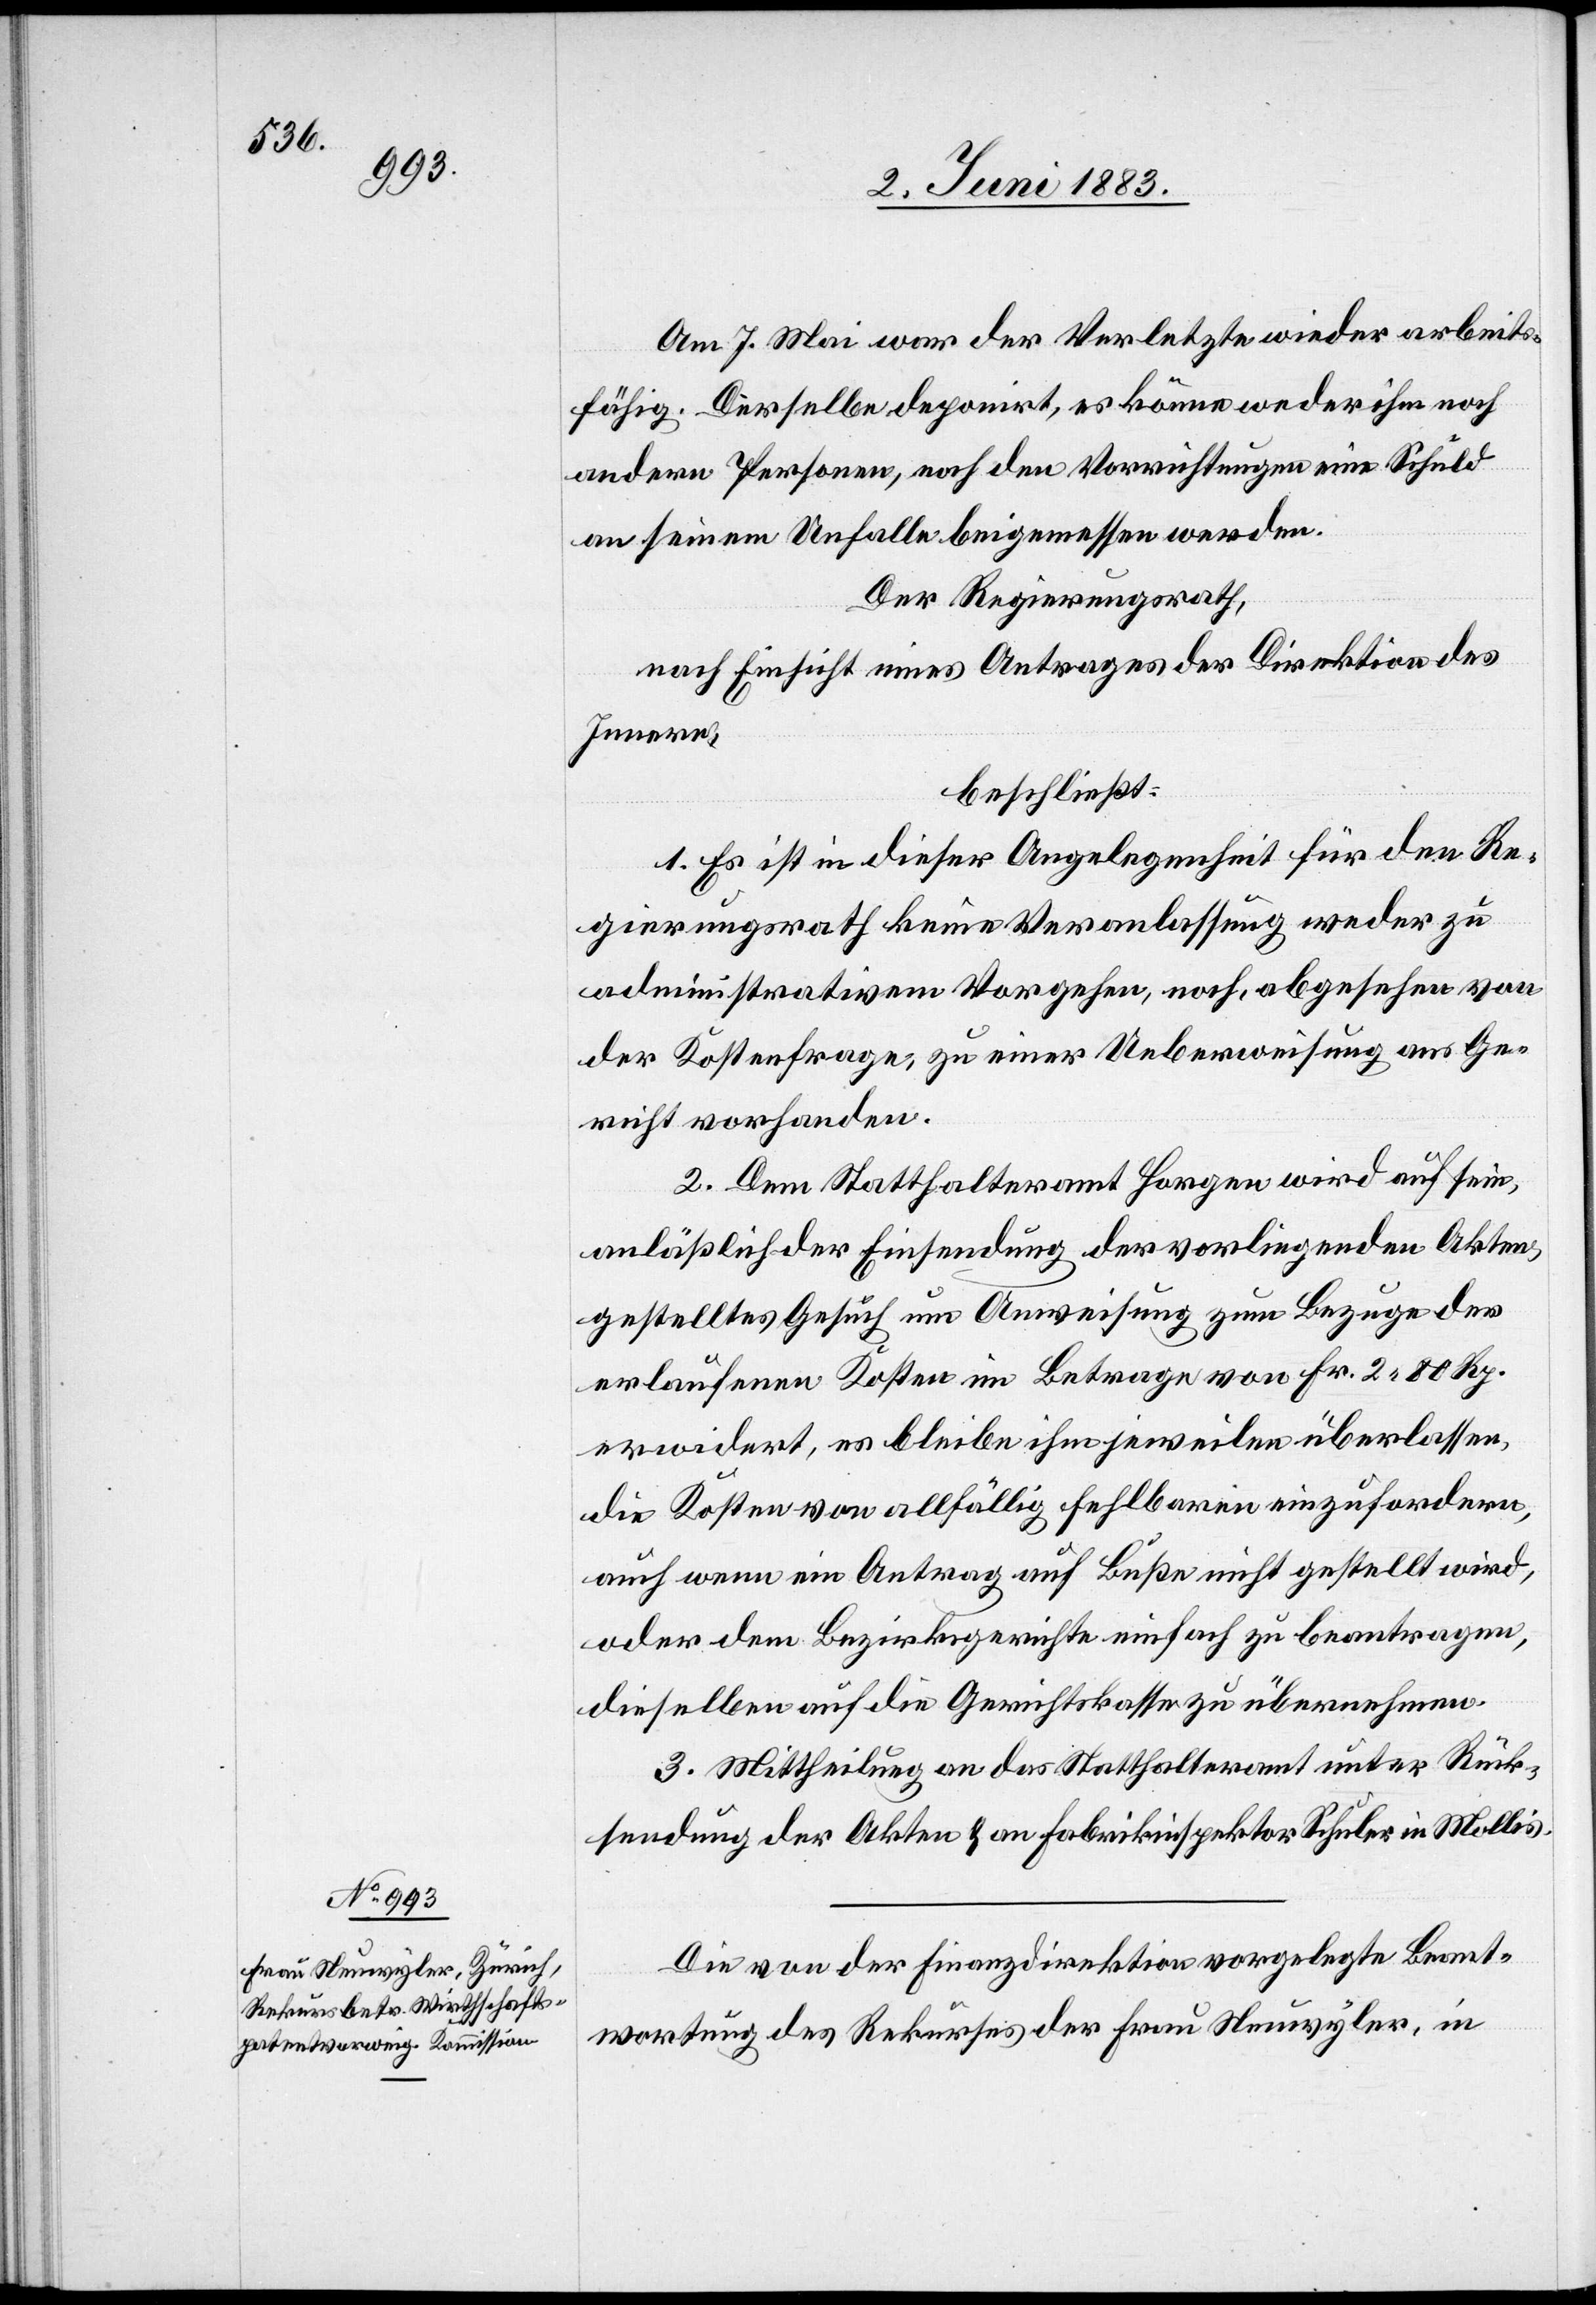
Am 7. Mai war der Verletzte wieder arbeits¬
fähig. Derselbe deponirt, er könne weder ihm noch
andere Personen, noch den Vorrichtungen eine Schuld
an seinem Unfalle beigemessen werden.
Der Regierungsrath,
nach Einsicht eines Antrages der Direktion des
Innern,
beschließt:
1. Es ist in dieser Angelegenheit für den Re¬
gierungsrath keine Veranlassung weder zu
administrativem Vorgehen, noch, abgesehen von
der Kostenfrage, zu einer Ueberweisung ans Ge¬
richt vorhanden.
2. Dem Statthalteramt Horgen wird auf sein,
anläßlich der Einsendung der vorliegenden Akten,
gestelltes Gesuch um Anweisung zum Bezuge der
erlaufenen Kosten im Betrage von Fr. 2 80 Rp.
erwiedert, es bleibe ihm jeweilen überlassen,
die Kosten von allfällige fehlbaren einzufordern,
auch wenn ein Antrag auf Buße nicht gestellt wird,
oder dem Bezirksgerichte einfach zu beantragen,
dieselben auf die Gerichtskosten zu übernehmen.
3. Mittheilung an das Statthalteramt unter Rück¬
sendung der Akten & an Fabrikinspektor Schuler, in Mollis.
Die von der Finanzdirektion vorgebrachte Beant¬
wortung des Rekurses der Frau Neuwyler, in